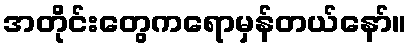
အတိုင်းတွေကရောမှန်တယ်နော်။